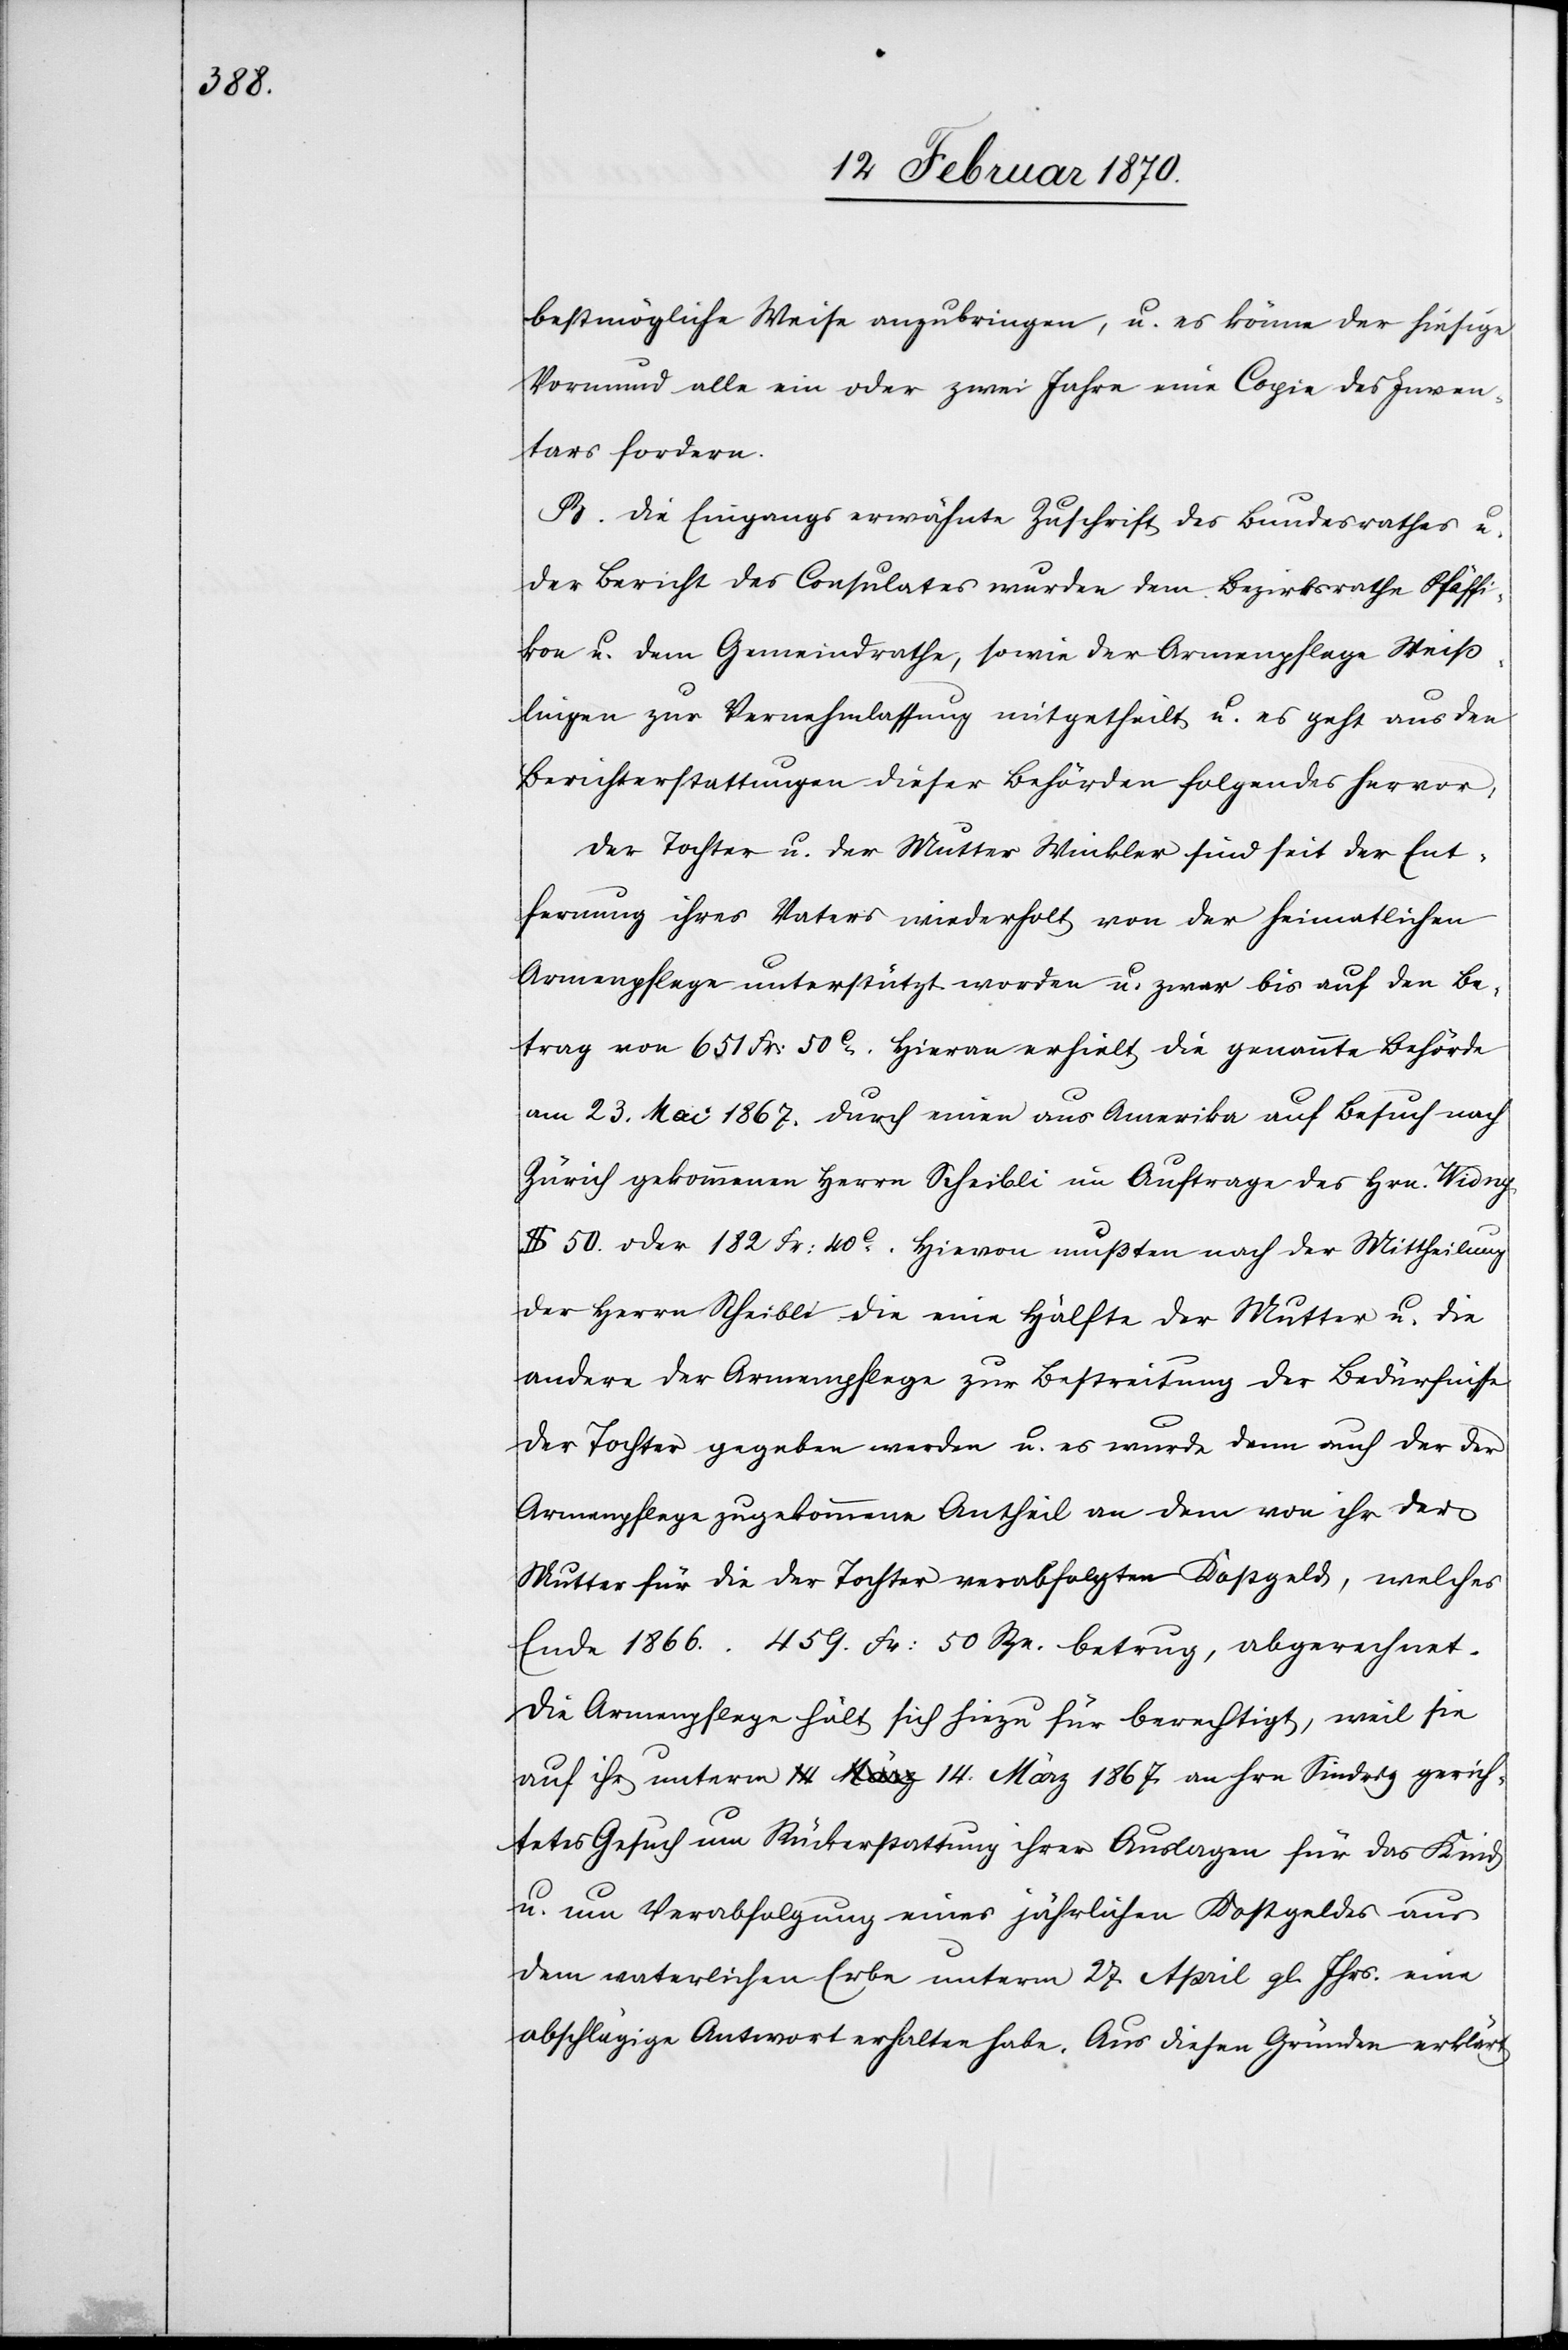
bestmögliche Weise anzubringen, u. es könne der hiesige
Vormund alle ein oder zwei Jahre eine Copie des Inven¬
tars fordern.
B. Die Eingangs erwähnte Zuschrift des Bundesrathes u.
der Bericht des Consulates wurden dem Bezirksrathe Pfäffi¬
kon u. dem Gemeindrathe, sowie der Armenpflege Weiss¬
lingen zur Vernehmlassung mitgetheilt u. es geht aus den
Berichterstattungen dieser Behörden folgendes hervor:
Der Tochter u. der Mutter [sic!] Winkler sind seit der Ent¬
fernung ihres Vaters wiederholt von der heimatlichen
Armenpflege unterstützt worden u. zwar bis auf den Be¬
trag von 651 Fr: 50c. Hieran erhielt die genannte Behörde
am 23. Mai 1867. durch einen aus Amerika auf Besuch nach
Zürich gekommenen Herrn Scheibli im Auftrage des Hrn. Widny
$ 50. oder 182 Fr: 40c. Hievon mußten nach der Mittheilung
des Herrn Scheibli die eine Hälfte der Mutter u. die
andere der Armenpflege zur Bestreitung der Bedürfnisse
der Tochter gegeben werden u. es wurde denn auch der der
Armenpflege zugekommene Antheil an dem von ihr der
Mutter für die der Tochter verabfolgten Kostgeld, welches
Ende 1866. 459. Fr: 50 Rpn. betrug, abgerechnet.
Die Armenpflege hält sich hiezu für berechtigt, weil sie
auf ihr unterm 14. März 1867. an Hrn Sindrig [sic!] gerich¬
tetes Gesuch um Rückerstattung ihrer Auslagen für das Kind
u. um Verabfolgung eines jährlichen Kostgeldes aus
dem vaterlichen Erbe unterm 27. April gl. Jhrs. eine
abschlägige Antwort erhalten habe. Aus diesen Gründen erklärt